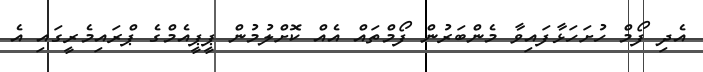
އެދި ފޯމް ހުށަހަޅާފައިވާ މެންބަރުން ފޯމްތައް އެއް ކޮށްލުމުން ޕީޕީއެމްގެ ޕްރައިމެރީގައި އެ